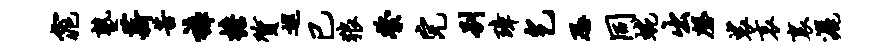
窕塾薪苦裤檐质巡已狼綮完别璋乞恐同蜿出磬裟哀里洒